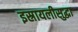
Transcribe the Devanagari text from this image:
इस्रायलीसुद्धा